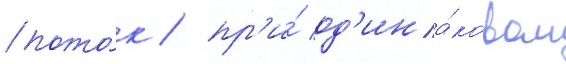
пото́к / пр'и́ од'ина́ковом